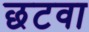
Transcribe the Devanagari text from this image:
छटवा